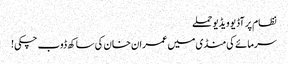
نظام پر آڈیو ویڈیو حملے
سرمائے کی منڈی میں عمران خان کی ساکھ ڈوب چکی!